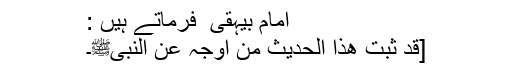
امام بیہقی ؒ فرماتے ہیں :
[قَدْ ثَبَتَ ھٰذَا الحَدِیْثُ مِنْ اَوْجُہٍ عَنِ النَبِیﷺ۔